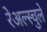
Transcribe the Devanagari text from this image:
रेअल्स्चुले